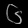
Digit: ၆